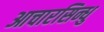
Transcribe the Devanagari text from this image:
आचारसिन्धु